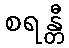
စရန္တီ